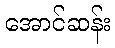
အောင်ဆန်း